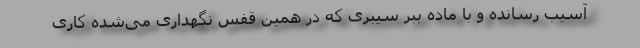
آسیب رسانده و با ماده ببر سیبری که در همین قفس نگهداری می‌شده کاری